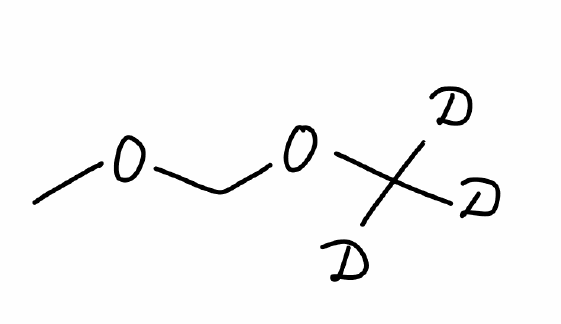
Simplified molecular-input line-entry system (SMILES) notation of the given molecule:
[2H]C([2H])([2H])OCOC